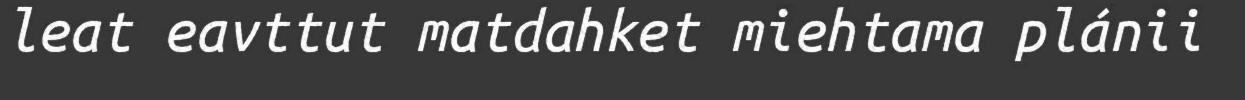
leat eavttut matdahket miehtama plánii